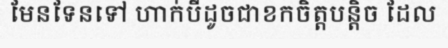
មែនទែនទៅ ហាក់បីដូចជាខកចិត្តបន្តិច ដែល